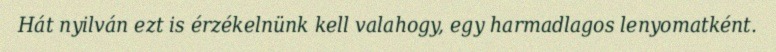
Hát nyilván ezt is érzékelnünk kell valahogy, egy harmadlagos lenyomatként.